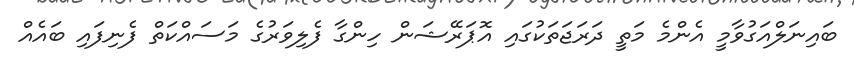
ބައިނަލްއަގުވާމީ އެންމެ މަތީ ދަރަޖަތަކުގައި އޮޕަރޭޝަން ހިންގާ ފެލިވަރުގެ މަސައްކަތް ފެނިފައި ބައެއް